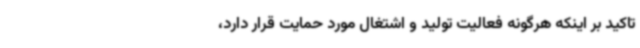
تاکید بر اینکه هرگونه فعالیت تولید و اشتغال مورد حمایت قرار دارد،